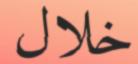
خلال